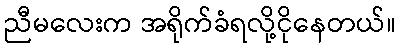
ညီမလေးက အရိုက်ခံရလို့ငိုနေတယ်။